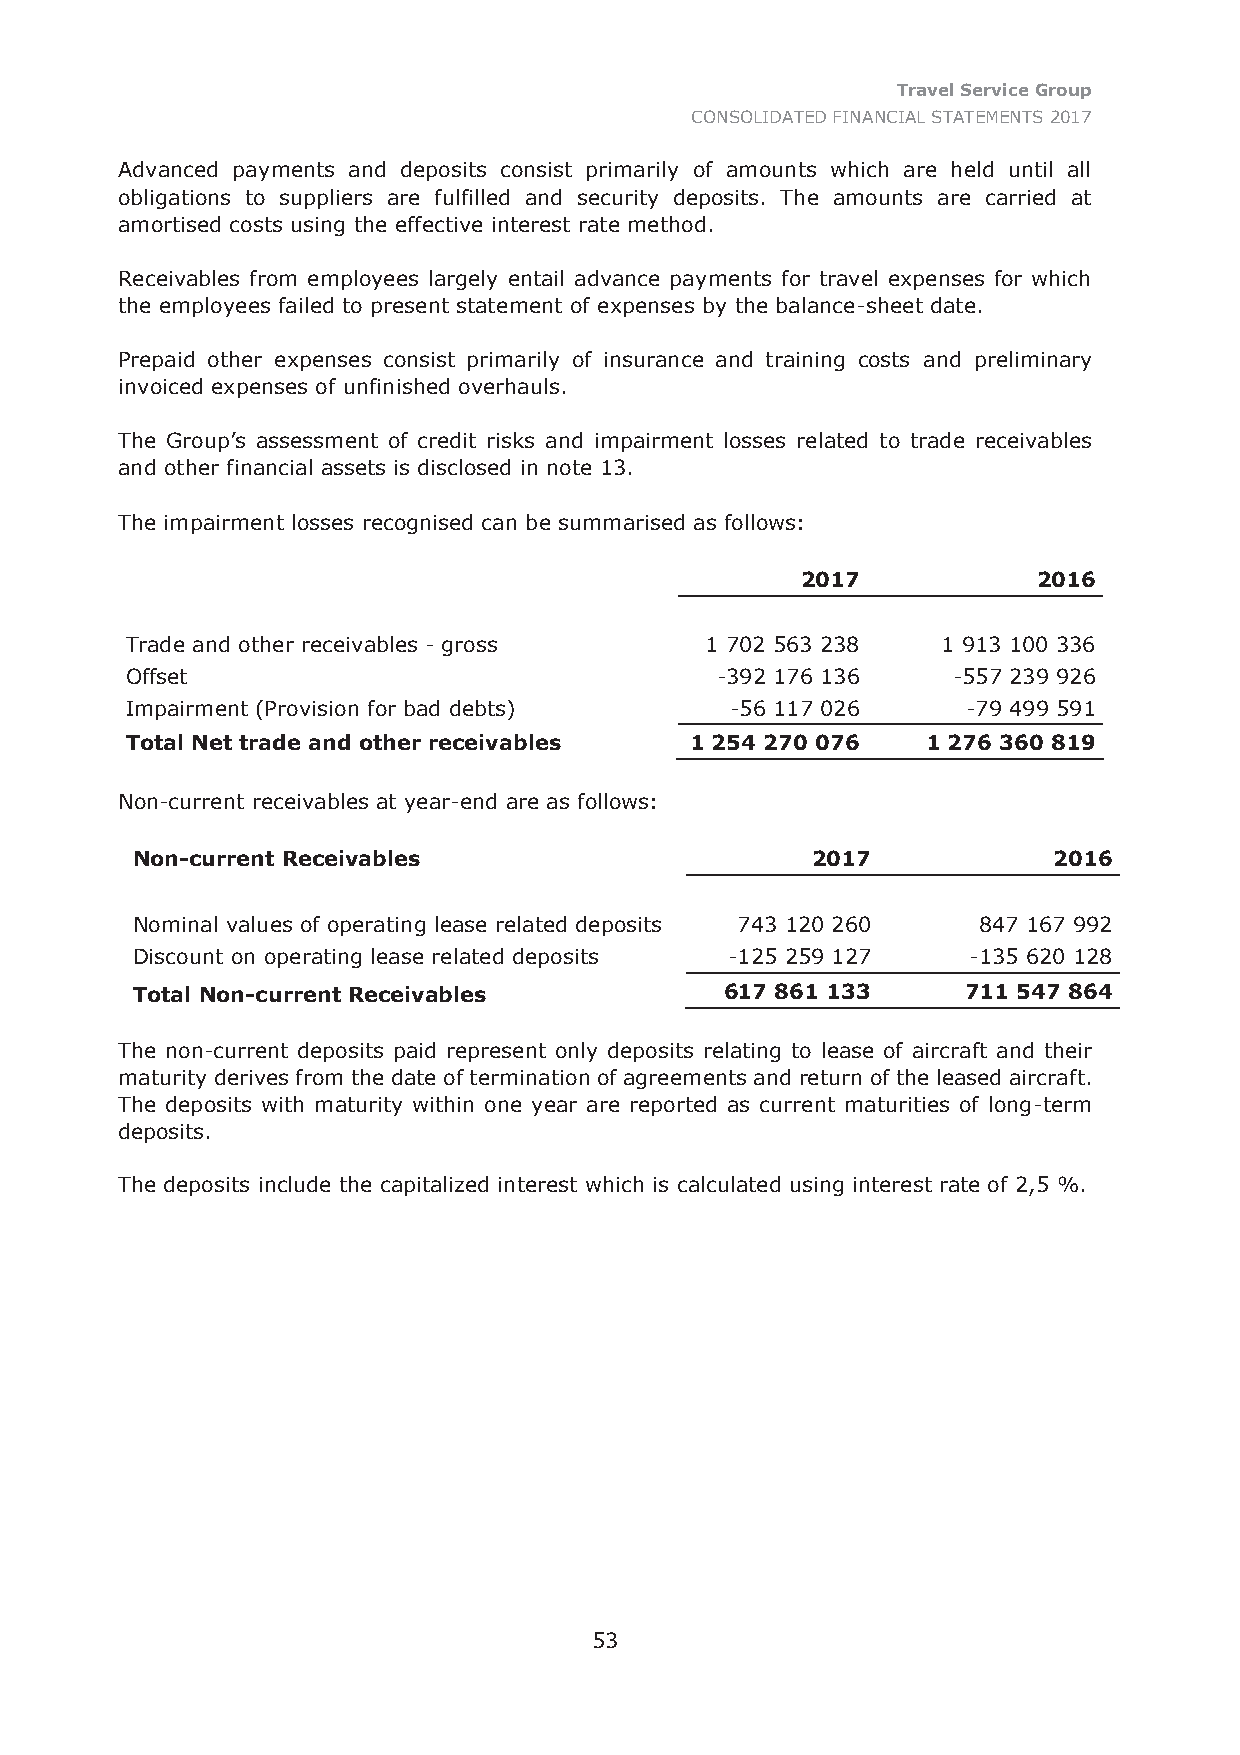
Travel Service Group
 CONSOLIDATED FINANCIAL STATEMENTS 2017
 Advanced payments and deposits consist primarily of amounts which are held until all
 obligations to suppliers are fulfilled and security deposits. The amounts are carried at
 amortised costs using the effective interest rate method.
 Receivables from employees largely entail advance payments for travel expenses for which
 the employees failed to present statement of expenses by the balance-sheet date.
 Prepaid other expenses consist primarily of insurance and training costs and preliminary
 invoiced expenses of unfinished overhauls.
 The Group’s assessment of credit risks and impairment losses related to trade receivables
 and other financial assets is disclosed in note 13.
 The impairment losses recognised can be summarised as follows:
 2017            2016
 Trade and other receivables - gross    1 702 563 238  1 913 100 336
 Offset                                 -392 176 136    -557 239 926
 Impairment (Provision for bad debts)    -56 117 026     -79 499 591
 Total Net trade and other receivables 1 254 270 076  1 276 360 819
 Non-current receivables at year-end are as follows:
 Non-current Receivables                      2017            2016
 Nominal values of operating lease related deposits 743 120 260 847 167 992
 Discount on operating lease related deposits -125 259 127 -135 620 128
 Total Non-current Receivables          617 861 133     711 547 864
 The non-current deposits paid represent only deposits relating to lease of aircraft and their
 maturity derives from the date of termination of agreements and return of the leased aircraft.
 The deposits with maturity within one year are reported as current maturities of long-term
 deposits.
 The deposits include the capitalized interest which is calculated using interest rate of 2,5 %.
 53